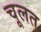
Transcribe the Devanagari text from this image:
चूलत